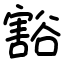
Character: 豁